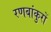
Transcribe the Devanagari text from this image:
रणबांकुरों